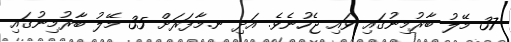
37 މޭލު ބާރުމިނުގައި ވައި ޖެހުނެވެ. އަދި ނ.މާފަރަށް 35 މޭލު ބާރުމިނުގައި